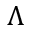
\Lambda